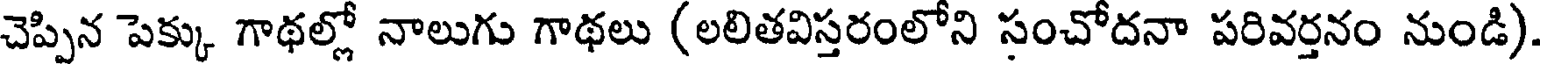
చెప్పిన పెక్కు గాథల్లో నాలుగు గాథలు (లలితవిస్తరంలోని సంచోదనా పరివర్తనం నుండి)